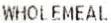
WHOLEMEAL